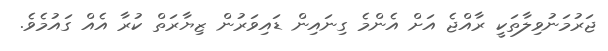
ޖަރުމަނުވިލާތަކީ ރާއްޖެ އަށް އެންމެ ގިނައިން ޑައިވަރުން ޒިޔާރަތް ކުރާ އެއް ގައުމެވެ.